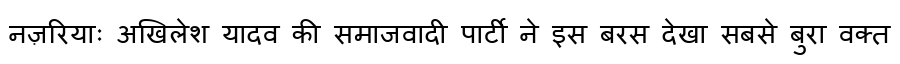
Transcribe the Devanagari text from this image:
नज़रियाः अखिलेश यादव की समाजवादी पार्टी ने इस बरस देखा सबसे बुरा वक्त